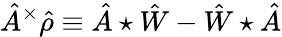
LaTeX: \hat{A}^{\times}\hat{\rho}\equiv\hat{A}\star\hat{W}-\hat{W}\star\hat{A}